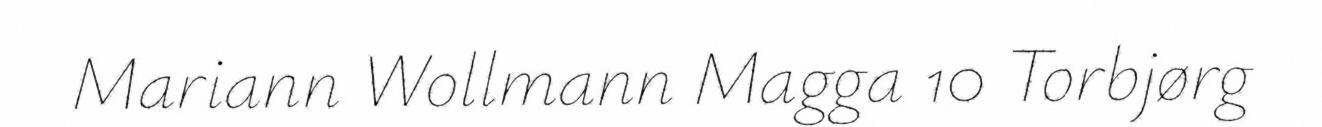
Mariann Wollmann Magga 10 Torbjørg